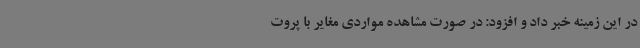
در این زمینه خبر داد و افزود: در صورت مشاهده مواردی مغایر با پروت